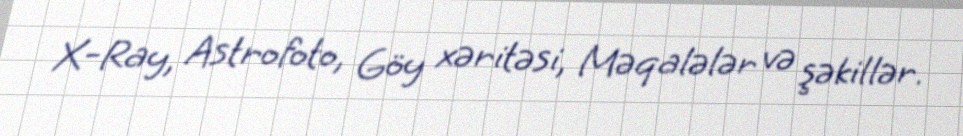
X-Ray, Astrofoto, Göy xəritəsi, Məqalələr və şəkillər.